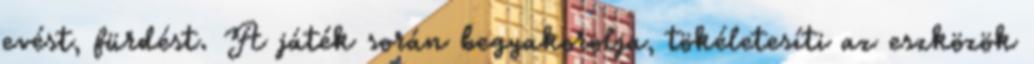
evést, fürdést. A játék során begyakorolja, tökéletesíti az eszközök